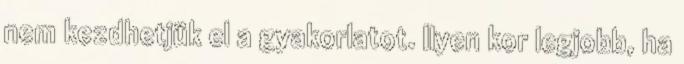
nem kezdhetjük el a gyakorlatot. Ilyen kor legjobb, ha